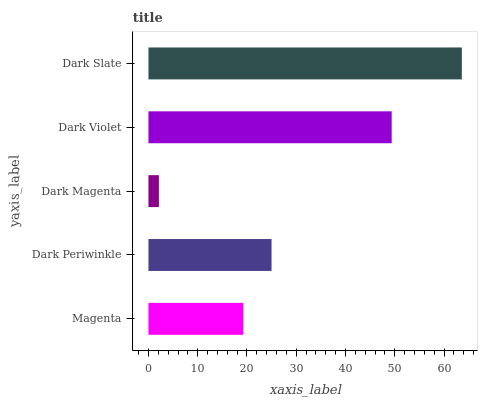
| yaxis_label | bars |
 | --- | --- |
 | Magenta | 19.2 |
 | Dark Periwinkle | 25 |
 | Dark Magenta | 2.12 |
 | Dark Violet | 49.4 |
 | Dark Slate | 63.6 |